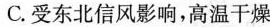
C.受东北信风影响，高温干燥